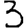
Digit: 3